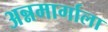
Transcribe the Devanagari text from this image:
अन्नमार्गाला